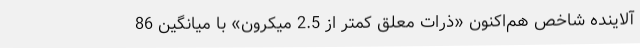
آلاینده شاخص هم‌اکنون «ذرات معلق کمتر از 2.5 میکرون» با میانگین 86